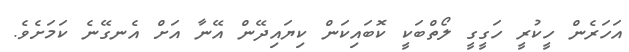
އަހަރެން ހީކުރީ ހަގީގީ ލޯތްބަކީ ކޮބައިކަން ކިޔައިދޭން އޭނާ އަށް އެނގޭނެ ކަމަށެވެ.